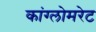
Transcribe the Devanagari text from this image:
कांग्लोमरेट